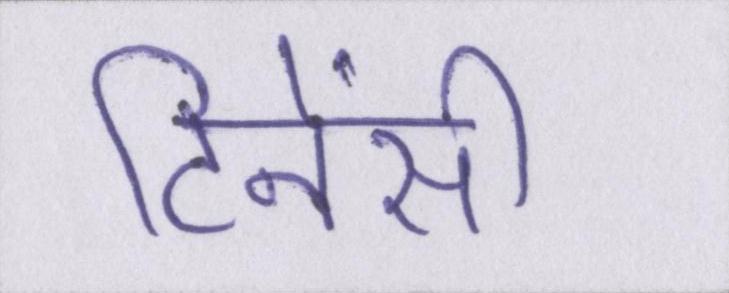
टिनेंसी